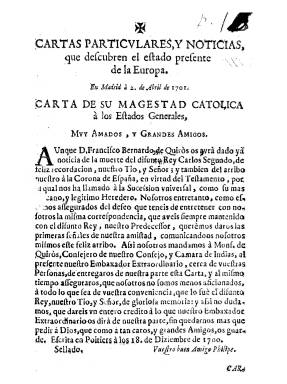
Título: Noticias extraordinarias y singulares del estado presente de la Europa
Otros títulos: Cartas particulares y noticias que descubren el estado presente de la Europa || Noticias varias del mes de ..., que descubren el estado presente de la Europa, con algunas cartas particulares y reflexiones || Noticias extraordinarias y particulares del estado presente de la Europa
Colección: Gacetas
Ámbito geográfico: Madrid
Lugar de publicación: Madrid
Fechas: 02/04/1701-12/04/1704